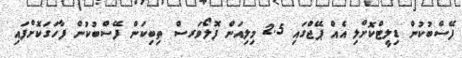
ފޭސްބުކުން ޑިލީޓްކޮށްލި އެއް ޕޭޖްގައި 2.5 މިލިއަން ފޮލޯވަރސް ތިބިކަން ފޭސްބުކުން ފާހަގަކޮށްފައި